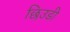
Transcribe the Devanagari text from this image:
छिउडी